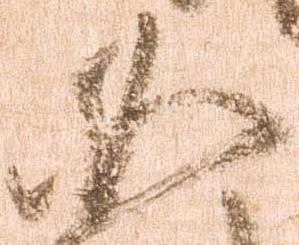
如